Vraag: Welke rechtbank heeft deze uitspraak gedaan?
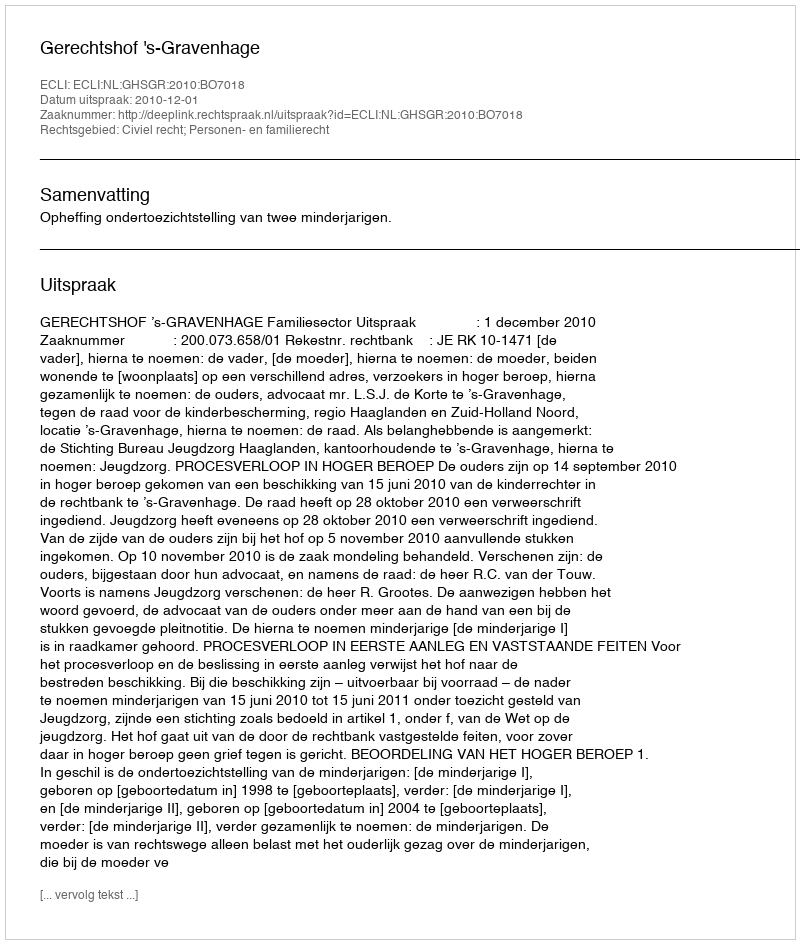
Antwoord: Gerechtshof 's-Gravenhage